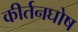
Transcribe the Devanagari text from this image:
कीर्तनघोष